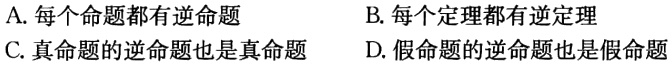
A. 每个命题都有逆命题
B. 每个定理都有逆定理
C. 真命题的逆命题也是真命题
D. 假命题的逆命题也是假命题